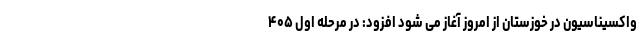
واکسیناسیون در خوزستان از امروز آغاز می شود افزود: در مرحله اول ۴۰۵